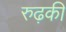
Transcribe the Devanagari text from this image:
रुढ़की